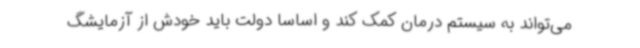
می‌تواند به سیستم درمان کمک کند و اساسا دولت باید خودش از آزمایشگ